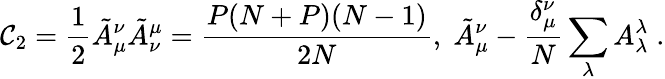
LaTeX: \mathcal{C}_{2}=\frac{{1}}{{2}}\tilde{{A}}_{\mu}^{\nu}\tilde{{A}}_{\nu}^{\mu}=\frac{{P(N+P)(N-1)}}{{2N}},\; \tilde{{A}}_{\mu}^{\nu}-\frac{{\delta_{\mu}^{\nu}}}{{N}}\sum_{\lambda}A_{\lambda}^{\lambda}\; .